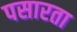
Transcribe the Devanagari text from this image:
पसारता